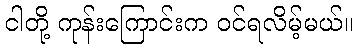
ငါတို့ ကုန်းကြောင်းက ဝင်ရလိမ့်မယ်။